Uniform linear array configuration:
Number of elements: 48
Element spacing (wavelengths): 1
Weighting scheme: binomial
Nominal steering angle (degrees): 45
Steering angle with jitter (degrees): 43.849
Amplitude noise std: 0.05
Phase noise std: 0.05

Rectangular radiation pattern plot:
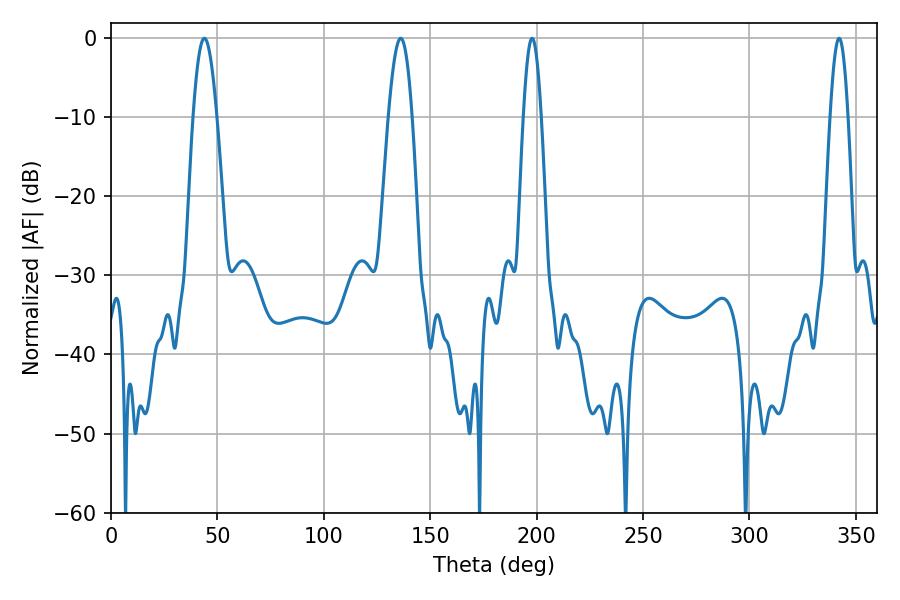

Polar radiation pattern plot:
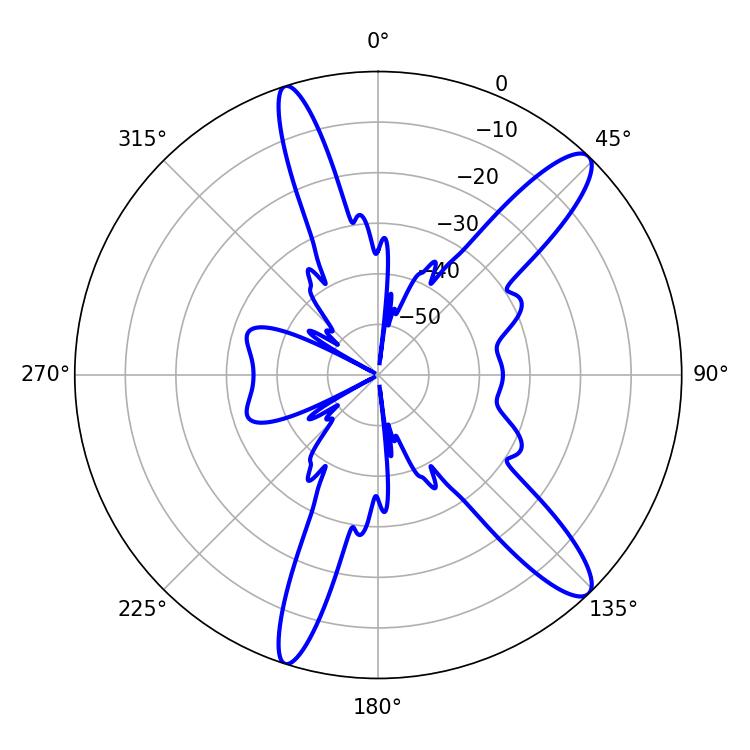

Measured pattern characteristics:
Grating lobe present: TRUE
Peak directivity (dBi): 12.726
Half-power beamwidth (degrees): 5.94
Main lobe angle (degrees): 43.92